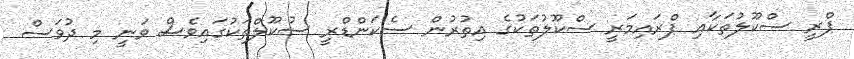
ޕްރީ ސްކޫލުތަކާއި ޕްރައިމަރީ ސްކޫލުތަކުގެ އިތުރުން ސެކަންޑްރީ ސުކޫލްތަކުގައިވެސް ވަނީ މި ދުވަސް